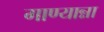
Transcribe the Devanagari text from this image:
गाण्यान्ना